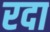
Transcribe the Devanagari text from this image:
रदा